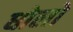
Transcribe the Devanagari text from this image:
धोलो